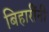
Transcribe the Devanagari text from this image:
बिहारींनी